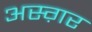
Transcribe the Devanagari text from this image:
अस्ग़र